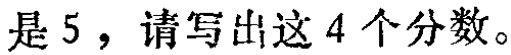
是5，请写出这4个分数。